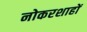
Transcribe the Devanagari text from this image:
नोकरशाहों